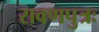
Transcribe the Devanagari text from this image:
रावणपुत्रः